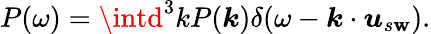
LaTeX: P(\omega)=\intd^{3}kP(\boldsymbol{k})\delta(\omega-\boldsymbol{k}\cdot\boldsymbol{u}_{s\mathbf{w}}).